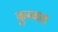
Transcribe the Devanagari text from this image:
कुव्‍वत